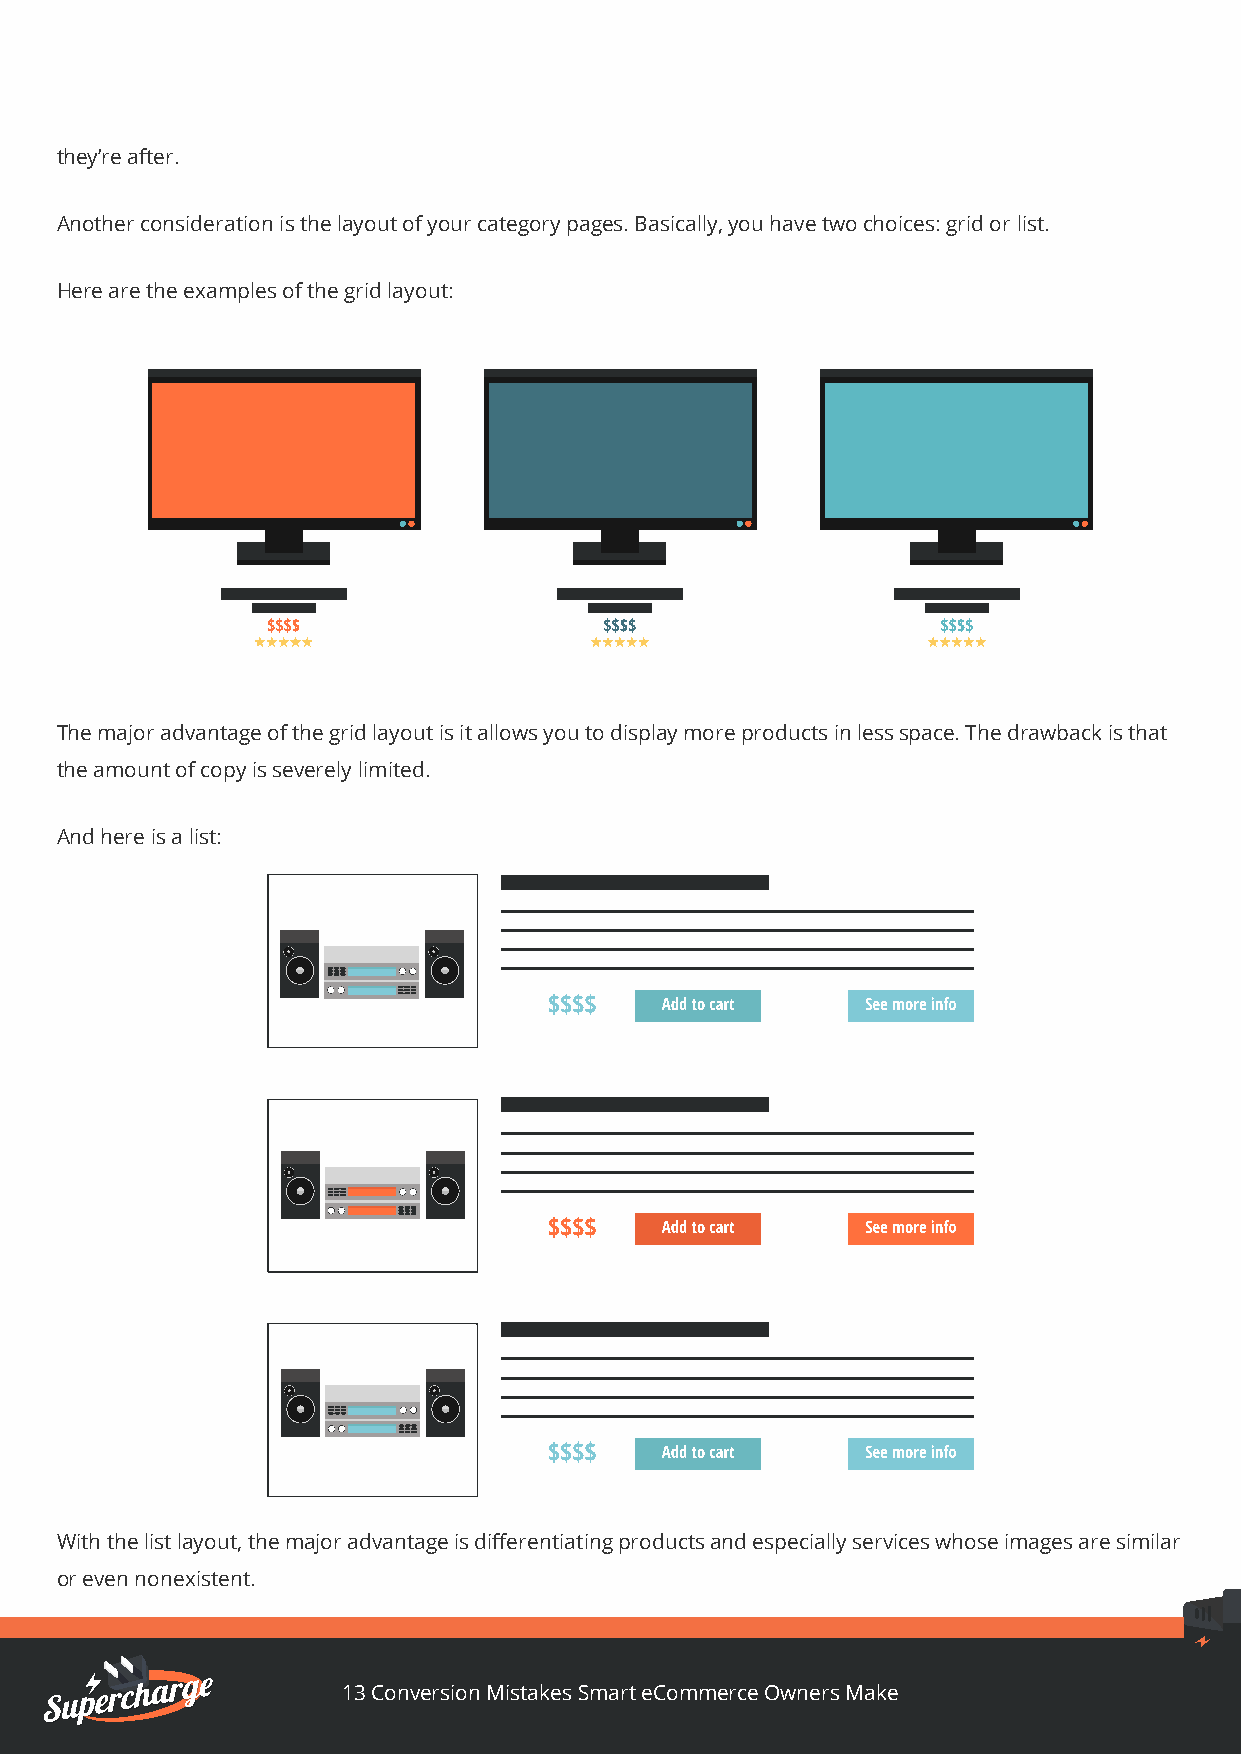
they’re after.
 Another consideration is the layout of your category pages. Basically, you have two choices: grid or list.
 Here are the examples of the grid layout:
 The major advantage of the grid layout is it allows you to display more products in less space. The drawback is that
 the amount of copy is severely limited.
 And here is a list:
 With the list layout, the major advantage is differentiating products and especially services whose images are similar
 or even nonexistent.
 13 Conversion Mistakes Smart eCommerce Owners Make